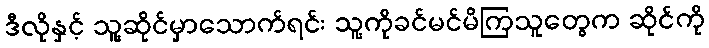
ဒီလိုနှင့် သူ့ဆိုင်မှာသောက်ရင်း သူ့ကိုခင်မင်မိကြသူတွေက ဆိုင်ကို